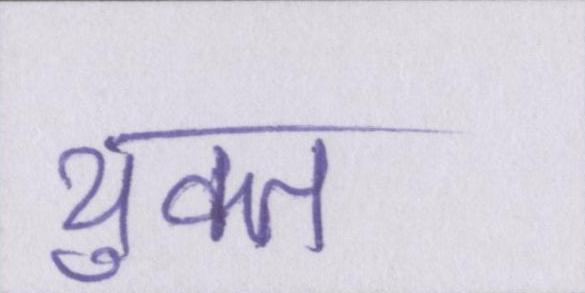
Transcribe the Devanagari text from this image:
युक्त